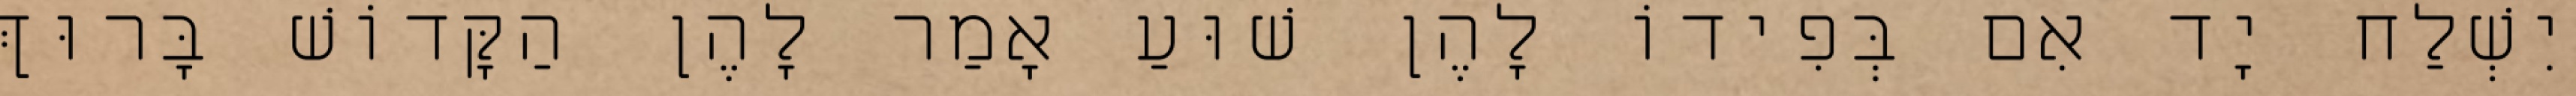
יִשְׁלַח יָד אִם בְּפִידוֹ לָהֶן שׁוּעַ אָמַר לָהֶן הַקָּדוֹשׁ בָּרוּךְ